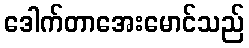
ဒေါက်တာအေးမောင်သည်